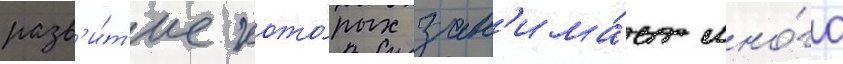
разв'и́т'ие кото́рых зан'има́ет мно́го